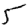
Digit: 5